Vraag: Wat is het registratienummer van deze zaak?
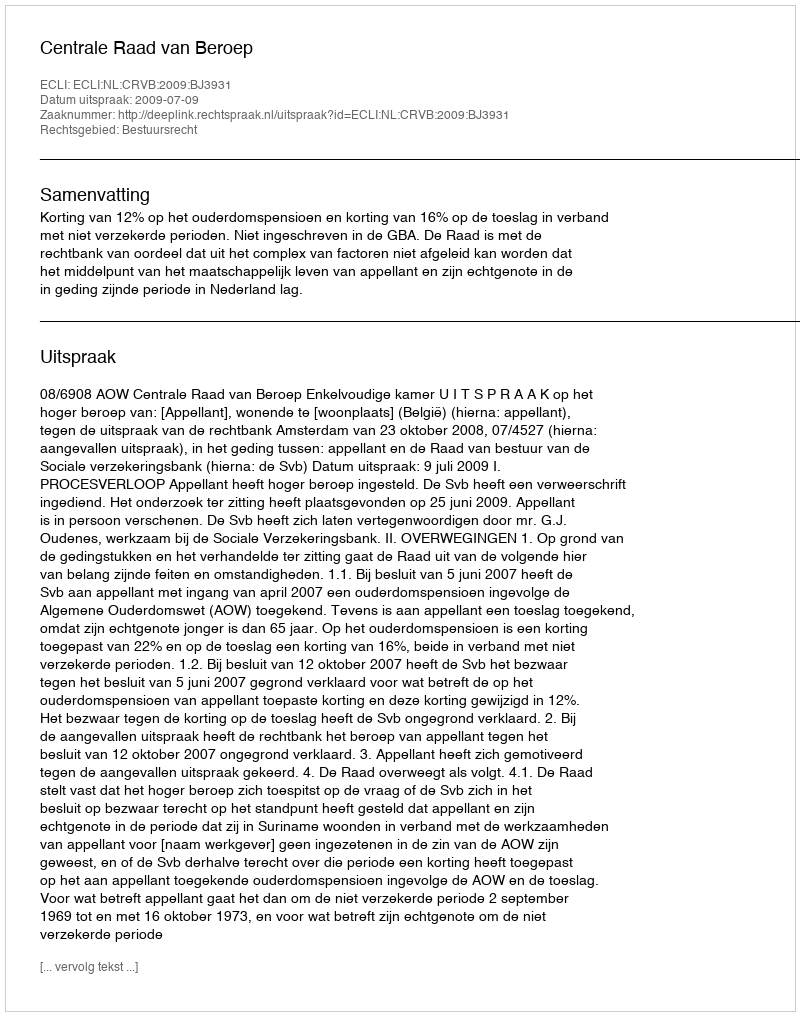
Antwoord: http://deeplink.rechtspraak.nl/uitspraak?id=ECLI:NL:CRVB:2009:BJ3931